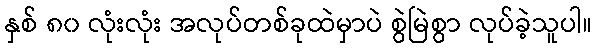
နှစ် ၈၀ လုံးလုံး အလုပ်တစ်ခုထဲမှာပဲ စွဲမြဲစွာ လုပ်ခဲ့သူပါ။